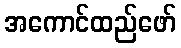
အကောင်ထည်ဖော်